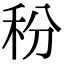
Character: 秎